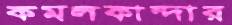
কমলকান্দার